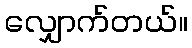
လျှောက်တယ်။